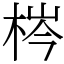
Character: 梣